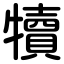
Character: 犢